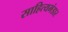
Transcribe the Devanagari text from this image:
साहित्यभंडार